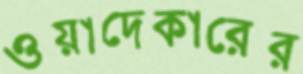
ওয়াদেকারের